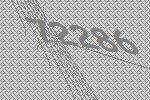
72286